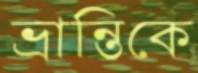
ভ্রান্তিকে